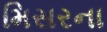
મિસરના